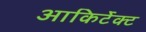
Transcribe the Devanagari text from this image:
आकिर्टेक्ट